Report on plague and inoculation in the Punjab from October 1st ... to September 30th..., being the ... season of plague in the province
Disease focus: Plague
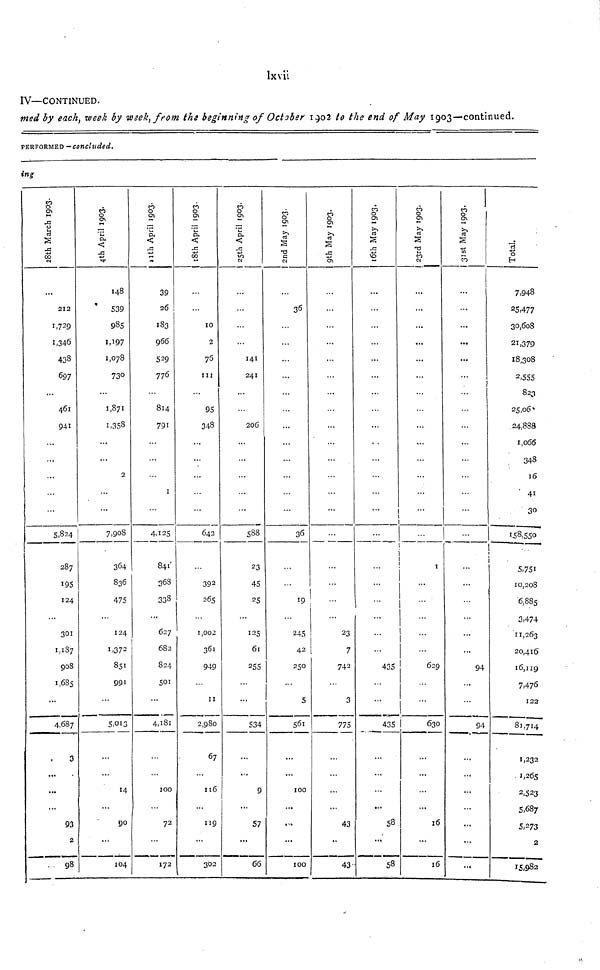
lxvii
IV—CONTINUED.
med by each, week by week, from the beginning of October 1902 to the end of May 1903—continued.
PERFORMED -Concluded.
ing
28th March 1993
212
1,729
1,346
433
697
...
461
941
...
...
5,824
287
124
301
1,187
908
1,685
...
4,687
3
...
...
...
93
2
.. 98
4th April 1993
148
539
935
1,197
1,078
73°.
..
1,871
1,353
2
7,908
364
836
475
124
1,372
851
991
...
5,012
14
...
90
...
104
11th April1993
39
26
183
966
529
776
814
791
1
4.125
841'
368
338
...
627
682
824
501
4,181
100
72
172
18thApril 1993
10
2
76
III
95
348
642
392
265
1,002
361
949
11
2,980
67
116
119
302
25th April 1993
141
241
206
588
23
45
25
125
61
255
534
...
9
57
...
66
2nd May 1993
36
...
36
19
245
42
250
...
5
561
100
...
...
100
9th May 1993
...
23
7
742
3
775
43
••
43
16th May 1993
...
...
435
...
435
...
...
58
..."
58
23rd May 1993
...
...
...
...
...
!
1
1
1
...
1 1
!
629
1
630
...
...
...
16
...
16
31st May 1993
...
...
...
...
...
...
...
...
94
94
...
...
...
...
Total
7,948
25.477
30,608
21,379
18,308
2,555
823
25,06
24,888
1,066
348
16
41
30
1.58,550
|
5,751
10,208
6,885
3,474
11,263
20,416
16,119
7,476
122
81,714
1,232
1,265
2,523
5,687
5,273
2
15,982